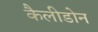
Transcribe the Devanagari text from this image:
कैलीडोन